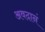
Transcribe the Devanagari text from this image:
अवदानं